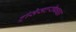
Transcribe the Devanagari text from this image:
ट्रांसेसटरीफाइड